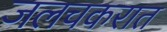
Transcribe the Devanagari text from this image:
जलचकरात